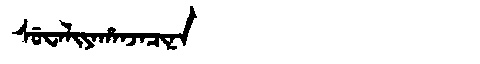
Manchu: ᠰᡠᠸᠠᠯᡳᠶᠠᡥᠠᠨᠵᠠᠴᡳᠨᠠ
Romanization: SUWALIYAHANJACINA